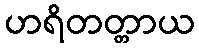
ဟရိတတ္တာယ